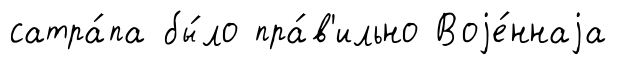
сатра́па бы́ло пра́в'ильно Воjе́ннаjа